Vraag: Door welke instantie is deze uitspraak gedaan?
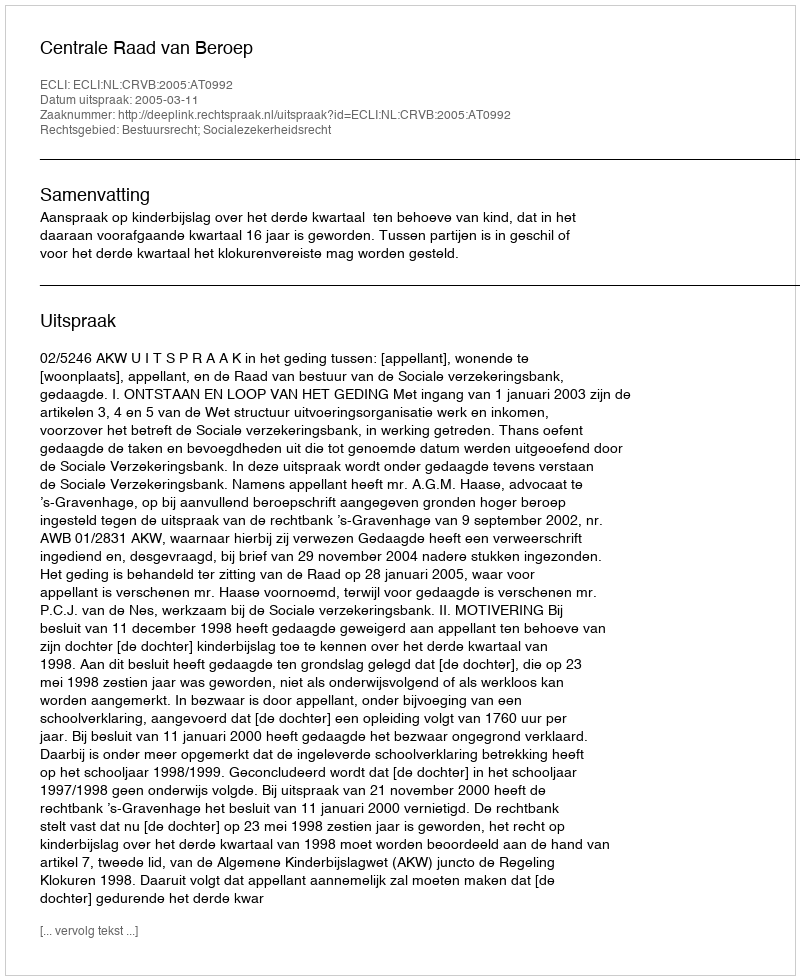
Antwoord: Centrale Raad van Beroep